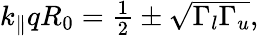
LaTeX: \begin{array}{r}{k_{\parallel}qR_{0}=\frac{1}{2}\pm\sqrt{\Gamma_{l}\Gamma_{u}},}\end{array}